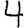
Digit: 4